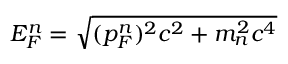
E _ { F } ^ { n } = { \sqrt { ( p _ { F } ^ { n } ) ^ { 2 } c ^ { 2 } + m _ { n } ^ { 2 } c ^ { 4 } } }